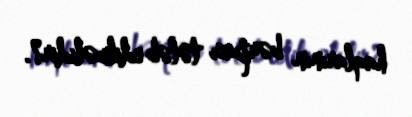
haqlarının bərpası tələb edilməlidir?.